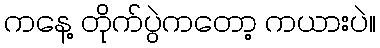
ကနေ့ တိုက်ပွဲကတော့ ကယားပဲ။